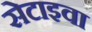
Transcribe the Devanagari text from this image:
सेटाइवा